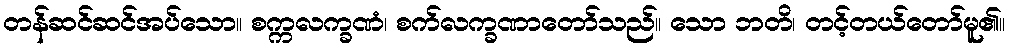
တန်ဆင်ဆင်အပ်သော။ စက္ကလက္ခဏံ၊ စက်လက္ခဏာတော်သည်။ သော ဘတိ၊ တင့်တယ်တော်မူ၏။